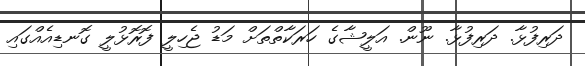
ދަރިފުޅާ. ދަރިފުޅާ. ނޫން. އަލީޝާގެ ހަރަކާތްތަށް މަޑު ޖެހިލީ ފޮރޮޅުލީ ގޮނޑިއެއްގައި